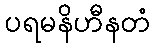
ပရမနိဟီနတံ